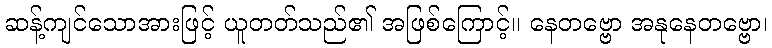
ဆန့်ကျင်သောအားဖြင့် ယူတတ်သည်၏ အဖြစ်ကြောင့်။ နေတဗ္ဗော အနုနေတဗ္ဗော၊